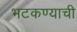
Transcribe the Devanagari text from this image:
भटकण्याची